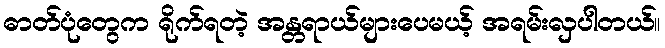
ဓာတ်ပုံတွေက ရိုက်ရတဲ့ အန္တရာယ်များပေမယ့် အရမ်းလှပါတယ်။